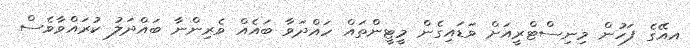
އއޭގެ ފަހުން މިނިސްޓްރީއަށް ވަޑައިގެން މީޓީންތައް ހައްދަވާ ބައެއް ވެރިންނާ ބައްދަލު ކުރައްވާވެސް